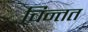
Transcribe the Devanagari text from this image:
चिन्तत